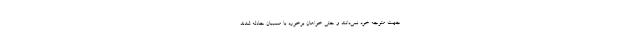
جهت متوجه خود نمی‌دانند و حتی خواهان برخورد با مسببان حادثه شدند.